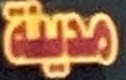
مدینة